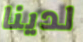
لدينا